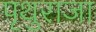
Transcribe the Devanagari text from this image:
पृथुराजा